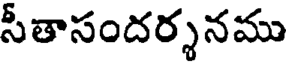
సీతాసందర్శనము